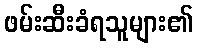
ဖမ်းဆီးခံရသူများ၏